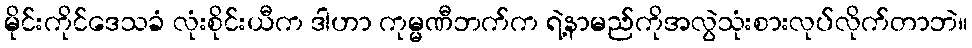
မိုင်းကိုင်ဒေသခံ လုံးစိုင်းယီက ဒါဟာ ကုမ္မဏီဘက်က ရဲ့နာမည်ကိုအလွဲသုံးစားလုပ်လိုက်တာဘဲ။